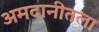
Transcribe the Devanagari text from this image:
अमदानीतला